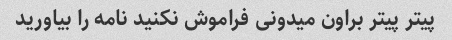
پیتر پیتر براون میدونی فراموش نکنید نامه را بیاورید